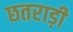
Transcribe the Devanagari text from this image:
छतराड़ी